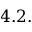
4 . 2 .